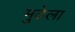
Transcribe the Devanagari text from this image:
मुठेला